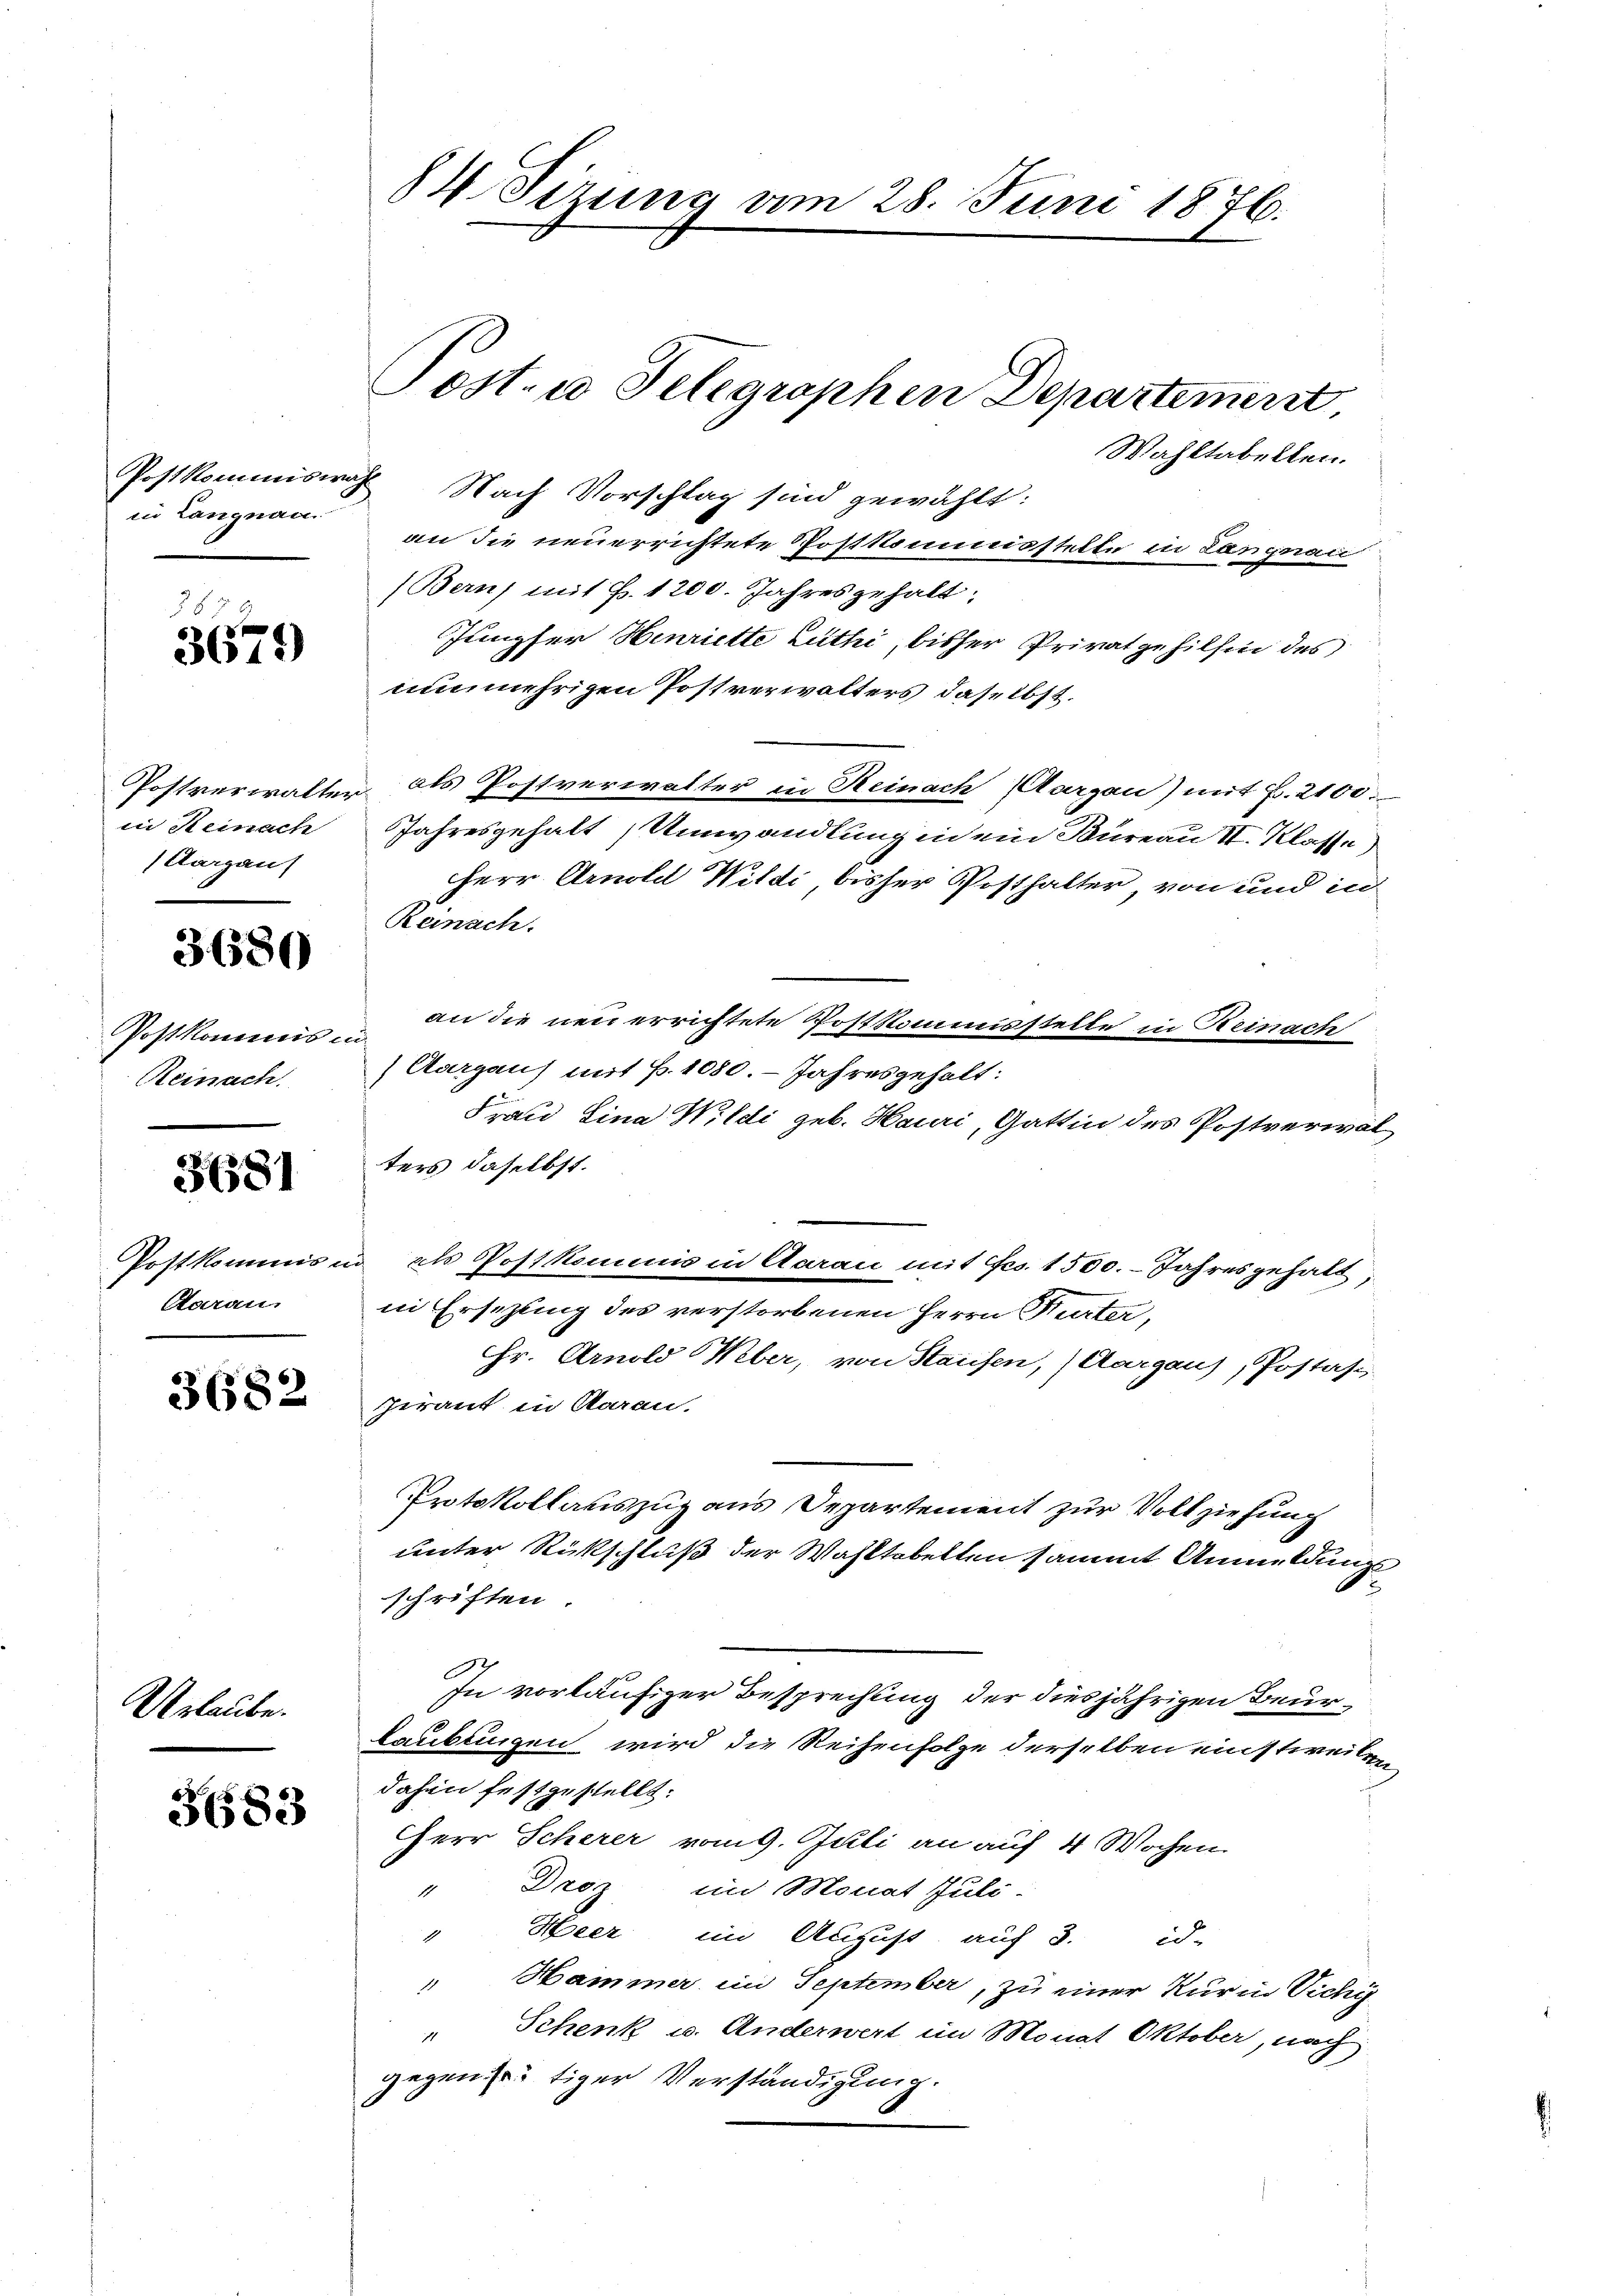
in Langnau.

35
3679

in Reinach
(Aargaus

3680

Postkommis
Reinach.

3681

Postkommis in
Aaraus

3682

Urlaube.

36583

84 Sizung vom 28. Juni 1876.

Wahltabellen.
Postkommiswahl Nach Vorschlag sind gewählt:
an die neuerrichtete Postkommisstelle in Langnaui
(Bern, mit Z. 1200. Jahresgehalt:
Jungfer Henriette Luthi, bisher Privatgehilfen des
nunmehrigen Postverwalters daselbst.
Postverwalter als Postverwalter in Reinach Aargau) mit Z. 2100.
Jahresgehalt Umwandlung in ein Büreau II. Klasse
Herr Arnold Wildi, bisher Posthalter, von und in
Reinach.
an die neu errichtete Postkommisstelle in Reinach
(Aargau) mit p. 1080. Jahresgehalt:
Frau Lina Wildi geb. Hauri, Gattin des Postverwal
ters daselbst.
als Postkommis in Aarau mit es. 1500.- Jahresgehalt;
in Ersezung des verstorbenen Herrn Murter,
Hr. Arnold Weber, von Staufen, (Aargaus, Postasi
pirant in Aarau.
Protokollauszug aus Departement zur Vollziehung
unter Rückschluß der Wahltobelten sammt Anmeldungsschriften.
In vorläufiger Besprechung der diesjährigen Beurlaubungen wird die Reihenfolge derselben einstweilen
dahin festgestellt.
Herr Scherer vom 9. Juli an auf 4 Wochen
Droz im Monat Juli-
1
" Heer im August auf 3. id-
" Hammer ein September, zu einer Kur in Vichy
" Schenk u. Anderwert im Monat Oktober, nach
gegen seitiger Verständigung.

Post- u Telegraphen Departement